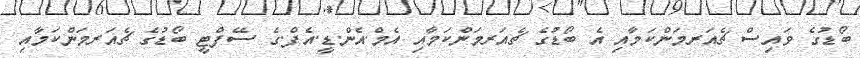
ބޯޑުގެ ވައިސް ޗެއަރމަންކަމާއި އެ ބޯޑުގެ ޗެއަރމަންކަމާއި އެމް.އެން.ޑީ.އެފް.ގެ ސޭފްޓީ ބޯޑުގެ ޗެއަރމަންކަމާއި